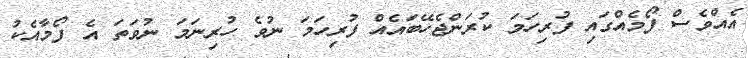
އެއްވެސް ފޯމެއްގައި ފުރިހަމަ ކުރަންޖެހޭބައެއް ފުރިހަމަ ނުވެ ހުރިނަމަ ނުވަތަ އެ ފޯމާއެކު